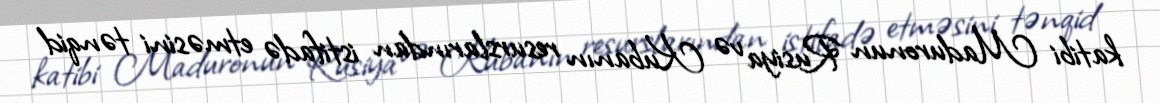
katibi Maduronun Rusiya və Kubanın resurslarından istifadə etməsini tənqid